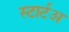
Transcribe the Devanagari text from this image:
स्टार्टअ